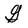
Character: G